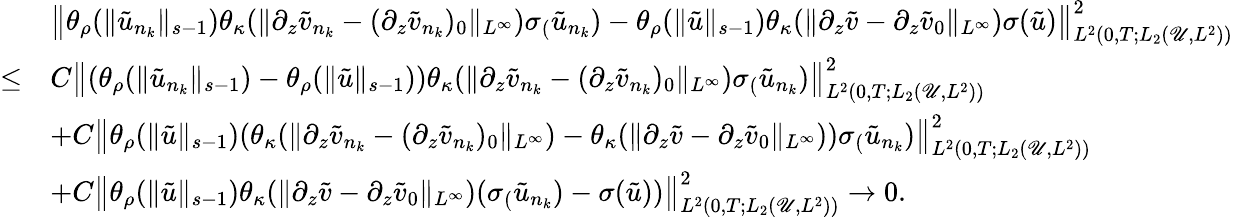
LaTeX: \begin{array}{rl}&{\left\| \theta_{\rho}(\| \tilde{u}_{n_{k}}\| _{s-1})\theta_{\kappa}(\| \partial_{z}\tilde{v}_{n_{k}}-(\partial_{z}\tilde{v}_{n_{k}})_{0}\| _{L^{\infty}})\sigma_(\tilde{u}_{n_{k}})-\theta_{\rho}(\| \tilde{u}\| _{s-1})\theta_{\kappa}(\| \partial_{z}\tilde{v}-\partial_{z}\tilde{v}_{0}\| _{L^{\infty}})\sigma(\tilde{u})\right\| _{L^{2}\left(0,T;L_{2}\left(\mathscr{U},L^{2}\right)\right)}^{2}}\\ {\leq}&{C\left\| (\theta_{\rho}(\| \tilde{u}_{n_{k}}\| _{s-1})-\theta_{\rho}(\| \tilde{u}\| _{s-1}))\theta_{\kappa}(\| \partial_{z}\tilde{v}_{n_{k}}-(\partial_{z}\tilde{v}_{n_{k}})_{0}\| _{L^{\infty}})\sigma_(\tilde{u}_{n_{k}})\right\| _{L^{2}\left(0,T;L_{2}\left(\mathscr{U},L^{2}\right)\right)}^{2}}\\ &{+C\left\| \theta_{\rho}(\| \tilde{u}\| _{s-1})(\theta_{\kappa}(\| \partial_{z}\tilde{v}_{n_{k}}-(\partial_{z}\tilde{v}_{n_{k}})_{0}\| _{L^{\infty}})-\theta_{\kappa}(\| \partial_{z}\tilde{v}-\partial_{z}\tilde{v}_{0}\| _{L^{\infty}}))\sigma_(\tilde{u}_{n_{k}})\right\| _{L^{2}\left(0,T;L_{2}\left(\mathscr{U},L^{2}\right)\right)}^{2}}\\ &{+C\left\| \theta_{\rho}(\| \tilde{u}\| _{s-1})\theta_{\kappa}(\| \partial_{z}\tilde{v}-\partial_{z}\tilde{v}_{0}\| _{L^{\infty}})(\sigma_(\tilde{u}_{n_{k}})-\sigma(\tilde{u}))\right\| _{L^{2}\left(0,T;L_{2}\left(\mathscr{U},L^{2}\right)\right)}^{2}\to 0.}\end{array}